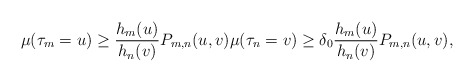
\begin{align*}\mu(\tau_m=u) &\geq \frac{h_m(u)}{h_n(v)}P_{m,n}(u,v)\mu(\tau_n=v) \geq \delta_0\frac{h_m(u)}{h_n(v)}P_{m,n}(u,v),\end{align*}